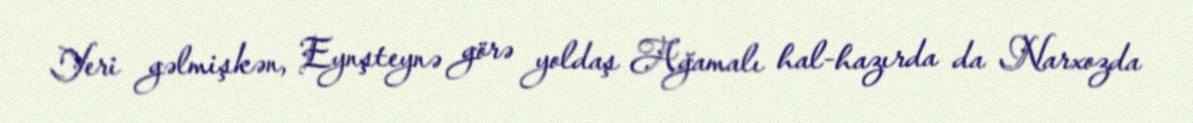
Yeri gəlmişkən, Eynşteynə görə yoldaş Ağamalı hal-hazırda da Narxozda